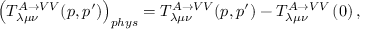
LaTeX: \left( T _ { \lambda \mu \nu } ^ { A \rightarrow V V } ( p , p ^ { \prime } ) \right) _ { p h y s } = T _ { \lambda \mu \nu } ^ { A \rightarrow V V } ( p , p ^ { \prime } ) - T _ { \lambda \mu \nu } ^ { A \rightarrow V V } \left( 0 \right) ,